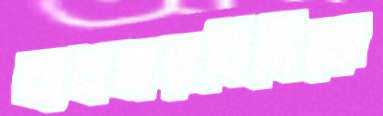
ব্যবহারবিধিকে